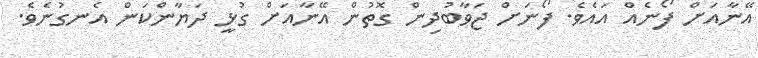
އޭނާއަށް ފޯނެއް އައެވެ. ފޯނަށް ޖަވާބުދިން ގޮތުން އޭނާއަށް ގުޅީ ދަޔާންކަން އެނގުނެވެ.